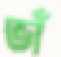
ভাঁ